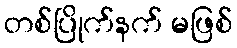
တစ်ပြိုက်နက် မဖြစ်